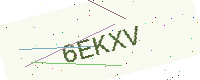
Text: 6EKXV